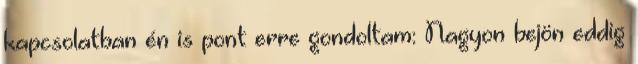
kapcsolatban én is pont erre gondoltam: Nagyon bejön eddig